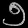
Digit: ၅